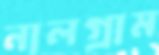
নালগ্রাম